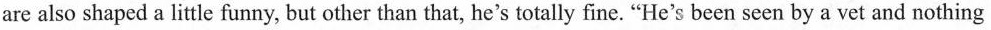
are also shaped a little funny, but other than that, he's totally fine. "He's been seen by a vet and nothing